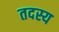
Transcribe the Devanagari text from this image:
तदस्य